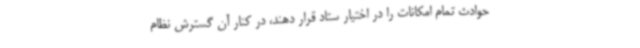
حوادث تمام امکانات را در اختیار ستاد قرار دهند، در کنار آن گسترش نظام